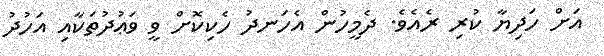
އަށް ހަދިޔާ ކުރި ރެއެވެ. ދެމީހުން އެހަނދު ހެކިކޮށް ވީ ވަޢުދުތަކާއި އަހުދު